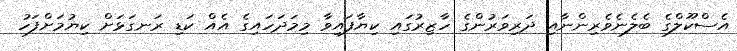
އެސްކޫލްގެ ބެލެނެވެރިންނާއި ދަރިވަރުންގެ ހާޒިރުގައި ކިޔާފައިވާ މިމަދަހައިގެ އެއް ކަޑި ރަނގަޅަށް ކިޔުމަށްފަހު